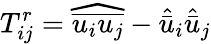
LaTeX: T_{ij}^{r}={\widehat{\overline{{u_{i}u_{j}}}}}-{\hat{\bar{u}}}_{i}{\hat{\bar{u}}}_{j}